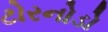
ટોરનોડો